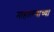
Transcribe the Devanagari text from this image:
माहात्म्याच्या